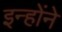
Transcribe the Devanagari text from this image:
इन्होेंने